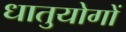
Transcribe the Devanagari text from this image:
धातुयोगों